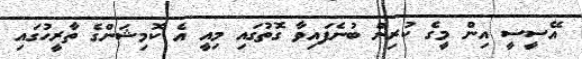
އޭސީސީ އިން މީގެ ކުރިން ބުނެފައިވާ ގޮތުގައި މިއީ އެ ކޮމިޝަންގެ ތާރީހުގައި